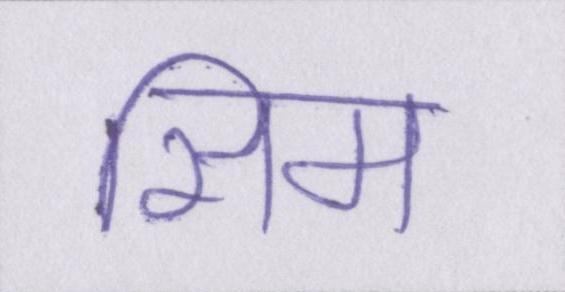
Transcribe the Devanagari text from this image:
सिम